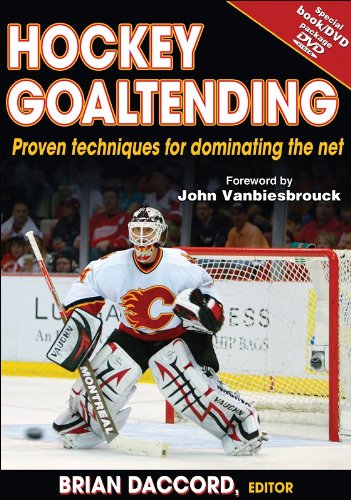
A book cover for Hockey Goaltending; Brian Daccord; Sports & Outdoors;